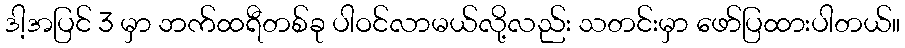
ဒါ့အပြင် 3 မှာ ဘက်ထရီတစ်ခု ပါဝင်လာမယ်လို့လည်း သတင်းမှာ ဖော်ပြထားပါတယ်။